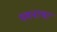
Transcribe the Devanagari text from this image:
भवनाथा